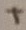
Text: +